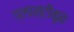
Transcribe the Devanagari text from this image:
प्लास्टीकृत